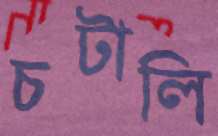
চটালি